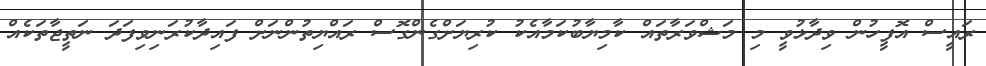
ރައީސް އޮފީހުން ވިދާޅުވީ މި މަޝްވަރާތައް ކާމިޔާބުކަމާއެކު ކުރިޔަށްގެންގޮސް ރައްޔިތުންނަށް ފައިދާކުރަނިވިފަދަ ނަތީޖާތަކެއް